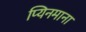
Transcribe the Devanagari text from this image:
प्यिनमाना